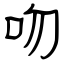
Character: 吻